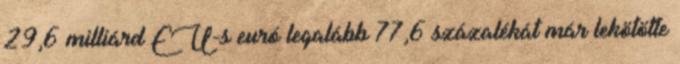
29,6 milliárd EU-s euró legalább 77,6 százalékát már lekötötte